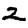
Digit: 2